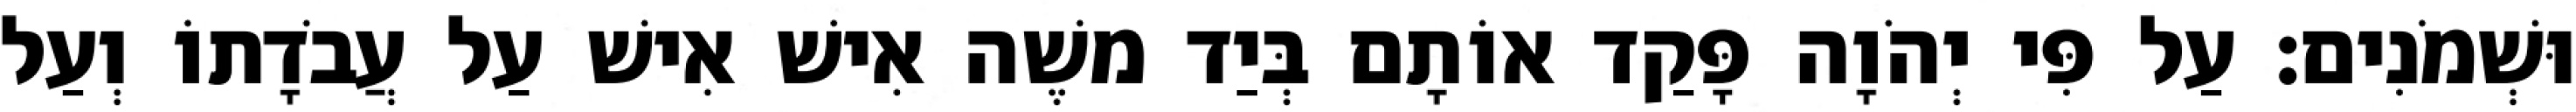
וּשְׁמֹנִים׃ עַל פִּי יְהֹוָה פָּקַד אוֹתָם בְּיַד משֶׁה אִישׁ אִישׁ עַל עֲבֹדָתוֹ וְעַל